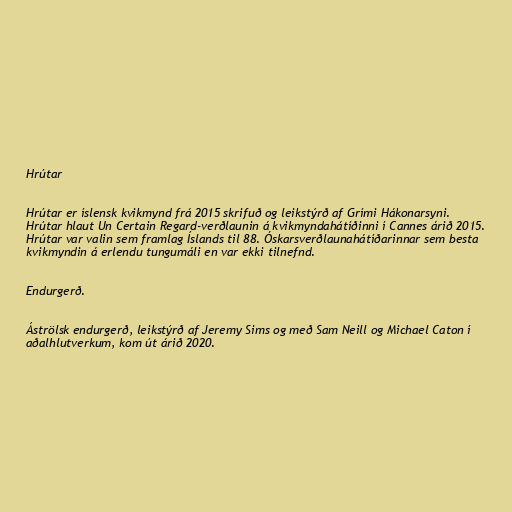
Hrútar

Hrútar er íslensk kvikmynd frá 2015 skrifuð og leikstýrð af Grími Hákonarsyni.
Hrútar hlaut Un Certain Regard-verðlaunin á kvikmyndahátíðinni í Cannes árið 2015.
Hrútar var valin sem framlag Íslands til 88. Óskarsverðlaunahátíðarinnar sem besta
kvikmyndin á erlendu tungumáli en var ekki tilnefnd.

Endurgerð.

Áströlsk endurgerð, leikstýrð af Jeremy Sims og með Sam Neill og Michael Caton í
aðalhlutverkum, kom út árið 2020.